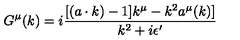
G ^ { \mu } ( k ) = i { \frac { [ ( a \cdot k ) - 1 ] k ^ { \mu } - k ^ { 2 } a ^ { \mu } ( k ) ] } { k ^ { 2 } + i \epsilon ^ { \prime } } }